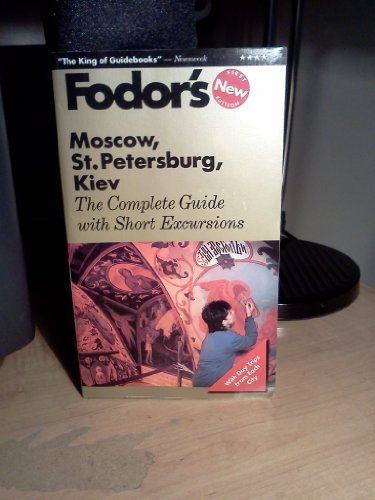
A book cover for Moscow, St. Petersburg, Kiev: The Complete Guide with Short Excursions (Fodor's Travel Guides); Fodor's; Travel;